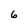
Character: 6